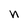
Character: n